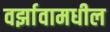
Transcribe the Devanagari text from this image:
वर्झावामधील